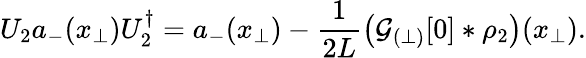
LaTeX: U_{2}a_{-}(x_{\perp})U_{2}^{\dagger}=a_{-}(x_{\perp})-\frac{1}{2L}\left({\cal G}_{(\perp)}[0]\ast\rho_{2}\right)(x_{\perp}).